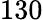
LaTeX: \mathrm{130}